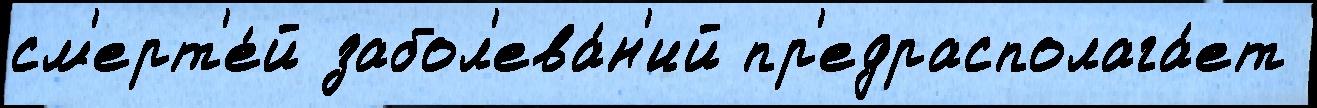
см'ерт'е́й забол'ева́н'ий пр'едрасполага́ет